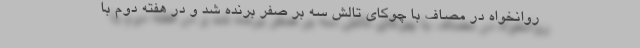
روانخواه در مصاف با چوکای تالش سه بر صفر برنده شد و در هفته دوم با